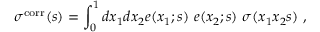
\sigma ^ { \mathrm { c o r r } } ( s ) = \int _ { 0 } ^ { 1 } d x _ { 1 } d x _ { 2 } e ( x _ { 1 } ; s ) ~ e ( x _ { 2 } ; s ) ~ \sigma ( x _ { 1 } x _ { 2 } s ) ~ ,